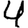
Digit: 4